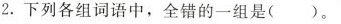
2.下列各组词语中，全错的一组是（）。